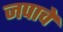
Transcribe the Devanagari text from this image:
जपाचे